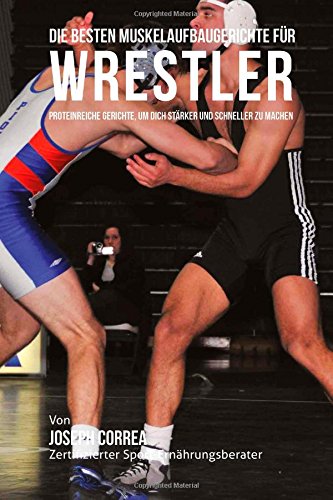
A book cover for Die besten Muskelaufbaugerichte fur Wrestler: Proteinreiche Gerichte, um dich starker und schneller zu machen (German Edition); Joseph Correa (Zertifizierter Sport-Ernahrungsberater); Sports & Outdoors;